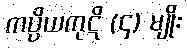
ကပ္ပိယကုဋိ (၄) မျိုး